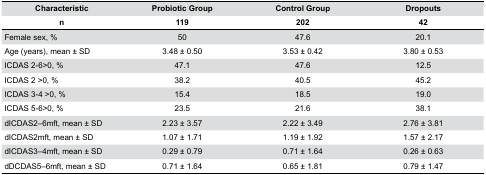
| Characteristic | Probiotic Group | Control Group | Dropouts |
 | n | 119 | 202 | 42 |
 | --- | --- | --- | --- |
 | Female sex, % | 50 | 47.6 | 20.1 |
 | Age (years), mean ± SD | 3.48 ± 0.50 | 3.53 ± 0.42 | 3.80 ± 0.53 |
 | ICDAS 2-6>0, % | 47.1 | 47.6 | 12.5 |
 | ICDAS 2 >0, % | 38.2 | 40.5 | 45.2 |
 | ICDAS 3-4 >0, % | 15.4 | 18.5 | 19.0 |
 | ICDAS 5-6>0, % | 23.5 | 21.6 | 38.1 |
 | dICDAS2–6mft, mean ± SD | 2.23 ± 3.57 | 2.22 ± 3.49 | 2.76 ± 3.81 |
 | dICDAS2mft, mean ± SD | 1.07 ± 1.71 | 1.19 ± 1.92 | 1.57 ± 2.17 |
 | dICDAS3–4mft, mean ± SD | 0.29 ± 0.79 | 0.71 ± 1.64 | 0.26 ± 0.63 |
 | dDCDAS5–6mft, mean ± SD | 0.71 ± 1.64 | 0.65 ± 1.81 | 0.79 ± 1.47 |